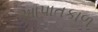
આપાતકાળ